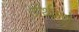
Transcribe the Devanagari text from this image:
तीर्थकरो